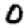
Digit: 0